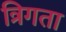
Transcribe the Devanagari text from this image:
त्रिगता